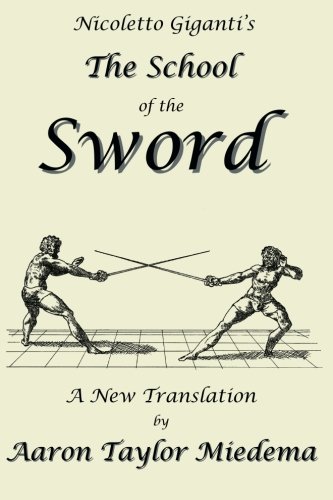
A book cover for Nicoletto Giganti's The School of the Sword: A New Translation by Aaron Taylor M; Nicoletto Giganti; Sports & Outdoors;